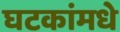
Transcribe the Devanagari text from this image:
घटकांमधे